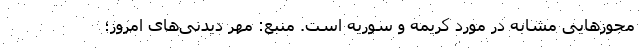
مجوزهایی مشابه در مورد کریمه و سوریه است. منبع: مهر دیدنی‌های امروز؛